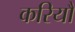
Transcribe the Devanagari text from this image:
करियौ